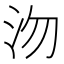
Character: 沕